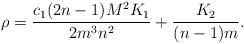
LaTeX: \begin{align*} \rho= \frac{ c_1(2n-1)M^2K_1}{ 2m^3n^2 }+ \frac{ K_2 }{ (n-1)m}.\end{align*}